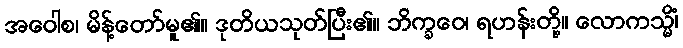
အဝေါစ၊ မိန့်တော်မူ၏။ ဒုတိယသုတ်ပြီး၏။ ဘိက္ခဝေ၊ ရဟန်းတို့။ လောကသ္မိံ၊